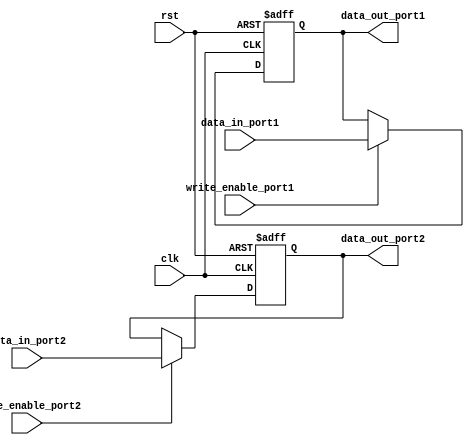
module dual_port_register (
    input wire clk,
    input wire rst,
    input wire [31:0] data_in_port1,
    input wire [31:0] data_in_port2,
    input wire write_enable_port1,
    input wire write_enable_port2,
    output reg [31:0] data_out_port1,
    output reg [31:0] data_out_port2
);

reg [31:0] reg_port1;
reg [31:0] reg_port2;

always @(posedge clk or posedge rst) begin
    if (rst) begin
        reg_port1 <= 0;
        reg_port2 <= 0;
    end else begin
        if (write_enable_port1) begin
            reg_port1 <= data_in_port1;
        end
        
        if (write_enable_port2) begin
            reg_port2 <= data_in_port2;
        end
    end
end

assign data_out_port1 = reg_port1;
assign data_out_port2 = reg_port2;

endmodule